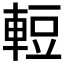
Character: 𮝒